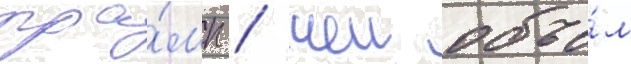
тра́мп / чеи объе́м